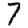
Digit: 7